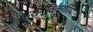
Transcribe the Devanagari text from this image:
क्रान्तिकारियोण